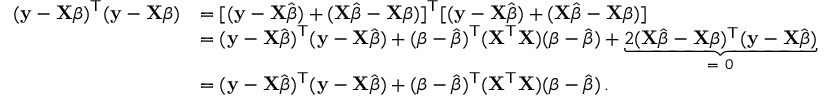
{ \begin{array} { r l } { ( \mathbf { y } - \mathbf { X } { \boldsymbol { \beta } } ) ^ { \mathsf { T } } ( \mathbf { y } - \mathbf { X } { \boldsymbol { \beta } } ) } & { = [ ( \mathbf { y } - \mathbf { X } { \hat { \boldsymbol { \beta } } } ) + ( \mathbf { X } { \hat { \boldsymbol { \beta } } } - \mathbf { X } { \boldsymbol { \beta } } ) ] ^ { \mathsf { T } } [ ( \mathbf { y } - \mathbf { X } { \hat { \boldsymbol { \beta } } } ) + ( \mathbf { X } { \hat { \boldsymbol { \beta } } } - \mathbf { X } { \boldsymbol { \beta } } ) ] } \\ & { = ( \mathbf { y } - \mathbf { X } { \hat { \boldsymbol { \beta } } } ) ^ { \mathsf { T } } ( \mathbf { y } - \mathbf { X } { \hat { \boldsymbol { \beta } } } ) + ( { \boldsymbol { \beta } } - { \hat { \boldsymbol { \beta } } } ) ^ { \mathsf { T } } ( \mathbf { X } ^ { \mathsf { T } } \mathbf { X } ) ( { \boldsymbol { \beta } } - { \hat { \boldsymbol { \beta } } } ) + \underbrace { 2 ( \mathbf { X } { \hat { \boldsymbol { \beta } } } - \mathbf { X } { \boldsymbol { \beta } } ) ^ { \mathsf { T } } ( \mathbf { y } - \mathbf { X } { \hat { \boldsymbol { \beta } } } ) } _ { = \ 0 } } \\ & { = ( \mathbf { y } - \mathbf { X } { \hat { \boldsymbol { \beta } } } ) ^ { \mathsf { T } } ( \mathbf { y } - \mathbf { X } { \hat { \boldsymbol { \beta } } } ) + ( { \boldsymbol { \beta } } - { \hat { \boldsymbol { \beta } } } ) ^ { \mathsf { T } } ( \mathbf { X } ^ { \mathsf { T } } \mathbf { X } ) ( { \boldsymbol { \beta } } - { \hat { \boldsymbol { \beta } } } ) \, . } \end{array} }